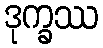
ဒုက္ခဿ